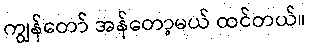
ကျွန်တော် အန်တော့မယ် ထင်တယ်။